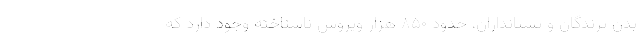
بدن پرندگان و پستانداران، حدود ۸۵۰ هزار ویروس ناشناخته وجود دارد که